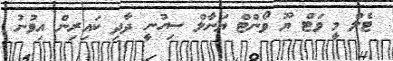
ޓެލް މީ ވަޓް ޔޫ ވޯންޓް ޔަނާލް ސިހުނީ ދާދި ކައިރިން އިވުނު